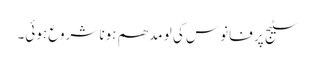
سٹیج پر فانوس کی لو مدھم ہونا شروع ہوئی۔